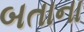
બતાના